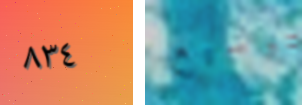
٨٣٤ لتوسيع